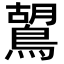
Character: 鶦